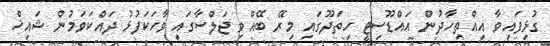
ގުޅިފައިވާ އިއްތިހާދުން އައްޑޫސިޓީ ހިތަދޫގައި މިރޭ ބޭއްވި ޖަލްސާގައި ވާހަކަފުޅު ދައްކަވަމުން ޝައިޚް